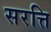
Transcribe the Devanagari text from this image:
सरत्ति